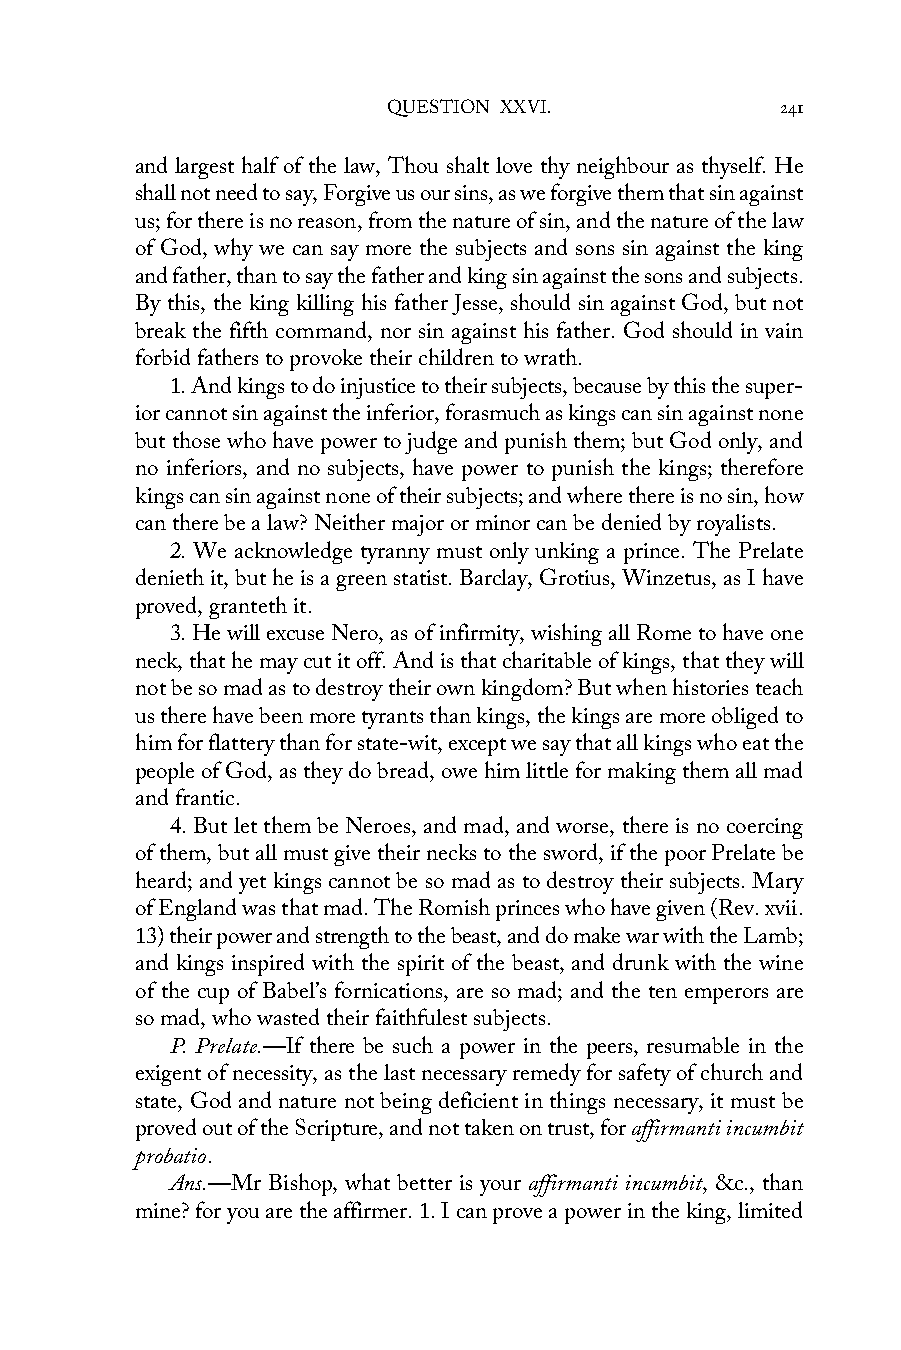
QUESTION XXVI.            241
 and largest half of the law, Thou shalt love thy neighbour as thyself. He
 shall not need to say, Forgive us our sins, as we forgive them that sin against
 us; for there is no reason, from the nature of sin, and the nature of the law
 of God, why we can say more the subjects and sons sin against the king
 and father, than to say the father and king sin against the sons and subjects.
 By this, the king killing his father Jesse, should sin against God, but not
 break the fifth command, nor sin against his father. God should in vain
 forbid fathers to provoke their children to wrath.
 1. And kings to do injustice to their subjects, because by this the super-
 ior cannot sin against the inferior, forasmuch as kings can sin against none
 but those who have power to judge and punish them; but God only, and
 no inferiors, and no subjects, have power to punish the kings; therefore
 kings can sin against none of their subjects; and where there is no sin, how
 can there be a law? Neither major or minor can be denied by royalists.
 2. We acknowledge tyranny must only unking a prince. The Prelate
 denieth it, but he is a green statist. Barclay, Grotius, Winzetus, as I have
 proved, granteth it.
 3. He will excuse Nero, as of infirmity, wishing all Rome to have one
 neck, that he may cut it off. And is that charitable of kings, that they will
 not be so mad as to destroy their own kingdom? But when histories teach
 us there have been more tyrants than kings, the kings are more obliged to
 him for flattery than for state-wit, except we say that all kings who eat the
 people of God, as they do bread, owe him little for making them all mad
 and frantic.
 4. But let them be Neroes, and mad, and worse, there is no coercing
 of them, but all must give their necks to the sword, if the poor Prelate be
 heard; and yet kings cannot be so mad as to destroy their subjects. Mary
 of England was that mad. The Romish princes who have given (Rev. xvii.
 13) their power and strength to the beast, and do make war with the Lamb;
 and kings inspired with the spirit of the beast, and drunk with the wine
 of the cup of Babel’s fornications, are so mad; and the ten emperors are
 so mad, who wasted their faithfulest subjects.
 P. Prelate.—If there be such a power in the peers, resumable in the
 exigent of necessity, as the last necessary remedy for safety of church and
 state, God and nature not being deficient in things necessary, it must be
 proved out of the Scripture, and not taken on trust, for affirmanti incumbit
 probatio.
 Ans.—Mr Bishop, what better is your affirmanti incumbit, &c., than
 mine? for you are the affirmer. 1. I can prove a power in the king, limited